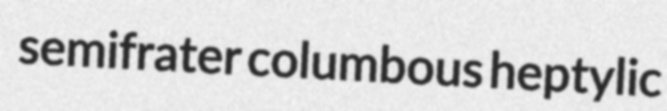
semifrater columbous heptylic